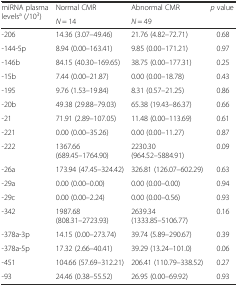
| <ROWSPAN=2> miRNA plasma levelsa (/103) | Normal CMR | Abnormal CMR | <ROWSPAN=2> p value |
 | N = 14 | N = 49 |
 | --- | --- | --- | --- |
 | -206 | 14.36 (3.07–49.46) | 21.76 (4.82–72.71) | 0.68 |
 | -144-5p | 8.94 (0.00–163.41) | 9.85 (0.00–171.21) | 0.97 |
 | -146b | 84.15 (40.30–169.65) | 38.75 (0.00–177.31) | 0.25 |
 | -15b | 7.44 (0.00–21.87) | 0.00 (0.00–18.78) | 0.43 |
 | -195 | 9.76 (1.53–19.84) | 8.31 (0.57–21.25) | 0.86 |
 | -20b | 49.38 (29.88–79.03) | 65.38 (19.43–86.37) | 0.66 |
 | -21 | 71.91 (2.89–107.05) | 11.48 (0.00–113.69) | 0.61 |
 | -221 | 0.00 (0.00–35.26) | 0.00 (0.00–11.27) | 0.87 |
 | -222 | 1367.66 (689.45–1764.90) | 2230.30 (964.52–5884.91) | 0.09 |
 | -26a | 173.94 (47.45–324.42) | 326.81 (126.07–602.29) | 0.63 |
 | -29a | 0.00 (0.00–0.00) | 0.00 (0.00–0.00) | 0.94 |
 | -29c | 0.00 (0.00–2.24) | 0.00 (0.00–0.56) | 0.93 |
 | -342 | 1987.68 (808.31–2723.93) | 2639.34 (1333.85–5106.77) | 0.16 |
 | -378a-3p | 14.15 (0.00–273.74) | 39.74 (5.89–290.67) | 0.39 |
 | -378a-5p | 17.32 (2.66–40.41) | 39.29 (13.24–101.0) | 0.06 |
 | -451 | 104.66 (57.69–312.21) | 206.41 (110.79–338.52) | 0.27 |
 | -93 | 24.46 (0.38–55.52) | 26.95 (0.00–69.92) | 0.93 |